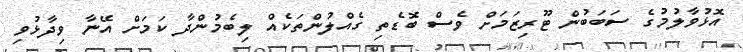
އޮޅުވާލުމުގެ ސަބަބުން ޓޫރިޒަމަށް ވެސް ބޮޑެތި ގެއްލުންތަކެއް ލިބެމުންދާ ކަމަށް އޭނާ ވިދާޅުވި